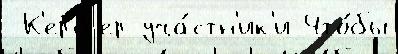
 К'ерб'ер уча́стн'ик'и Что́бы